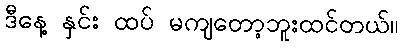
ဒီနေ့ နှင်း ထပ် မကျတော့ဘူးထင်တယ်။